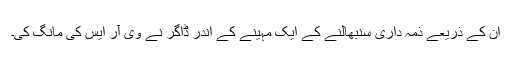
ان کے ذریعے ذمہ داری سنبھالنے کے ایک مہینے کے اندر ڈاگر نے وی آر ایس کی مانگ کی۔